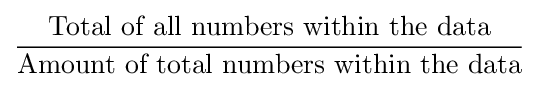
{\frac {\text{Total of all numbers within the data}}{\text{Amount of total numbers within the data}}}